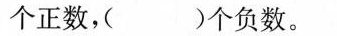
个正数，( )个负数。